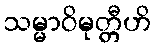
သမ္မာဝိမုတ္တီဟိ